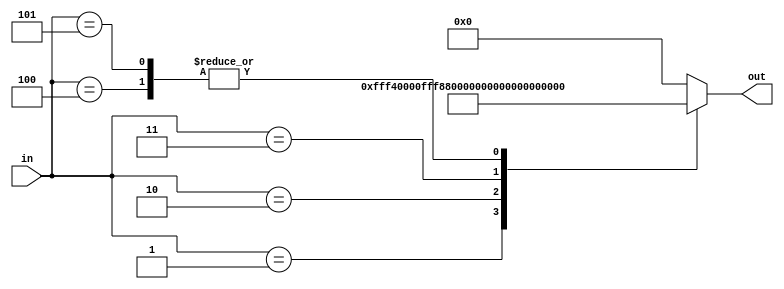
////////////////////////////////////////////////////////////////////////////////////////////////////////
//
// Institution   : Bandung Institute of Technology
//
// Design Name   : Lookup Table for Third Term Coeficient in MacClaurin Series
// Module Name   : coef_term3
// Project Name  : LSI Design Contest in Okinawa 2018
// Target Devices: Sigmoid Function
// Tool versions : FPGA
//
// Description: 
// 		Providing value term 3 of MacClaurin Series with respect to input segmentation
// 
// Input:
//  	in : 3 bit unsigned : control signal
//
// Output:
//  	out : 16 bit signed : Term 3 Coeficient for MacClaurin Series 
//
// Revision: 
// Revision 0.01 - File Created
// Additional Comments: 
//
///////////////////////////////////////////////////////////////////////////////////////////////////////

module coef_term3(in, out);

parameter DWIDTH=32;

parameter t01 = 32'b0000_0000_0000_0000_0000_0000_0000_0000 ;
parameter t12 = 32'b1111_1111_1111_0100_0000_0000_0000_0000 ;
parameter t23 = 32'b1111_1111_1111_1000_1000_0000_0000_0000 ;
parameter t34 = 32'b1111_1111_1111_1100_1100_0000_0000_0000 ;
parameter t46 = 32'b1111_1111_1111_1111_0100_0000_0000_0000 ;
parameter t00 = 32'b0000_0000_0000_0000_0000_0000_0000_0000 ;

input [2:0] in;
output reg [DWIDTH-1:0] out;

always@(in)
begin
  case (in)
    0 : out = t01;
	1 : out = t12;
	2 : out = t23;
	3 : out = t34;
	4 : out = t46;
	5 : out = t46;
	default : out = t00;
  endcase
end

endmodule